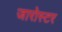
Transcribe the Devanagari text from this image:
जारोस्टर